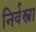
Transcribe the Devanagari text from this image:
निर्वस्त्रा